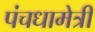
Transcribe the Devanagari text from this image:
पंचधामेत्री